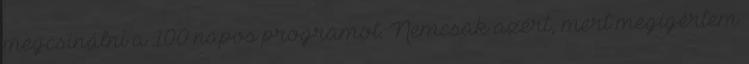
megcsinálni a 100 napos programot. Nemcsak azért, mert megígértem